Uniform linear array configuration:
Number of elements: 32
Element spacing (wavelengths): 0.75
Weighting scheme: blackman
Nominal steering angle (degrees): -15
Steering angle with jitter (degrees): -14.207
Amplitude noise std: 0.05
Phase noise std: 0.05

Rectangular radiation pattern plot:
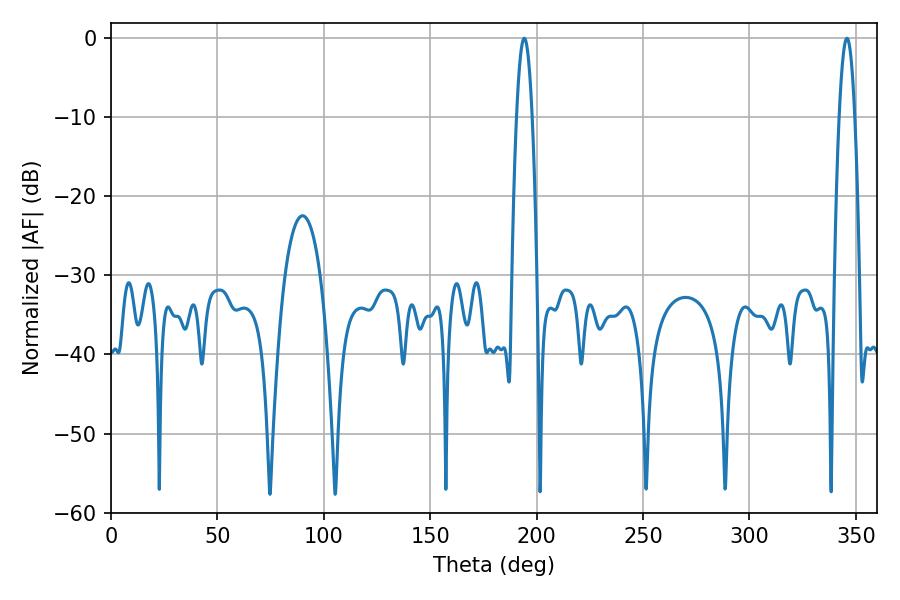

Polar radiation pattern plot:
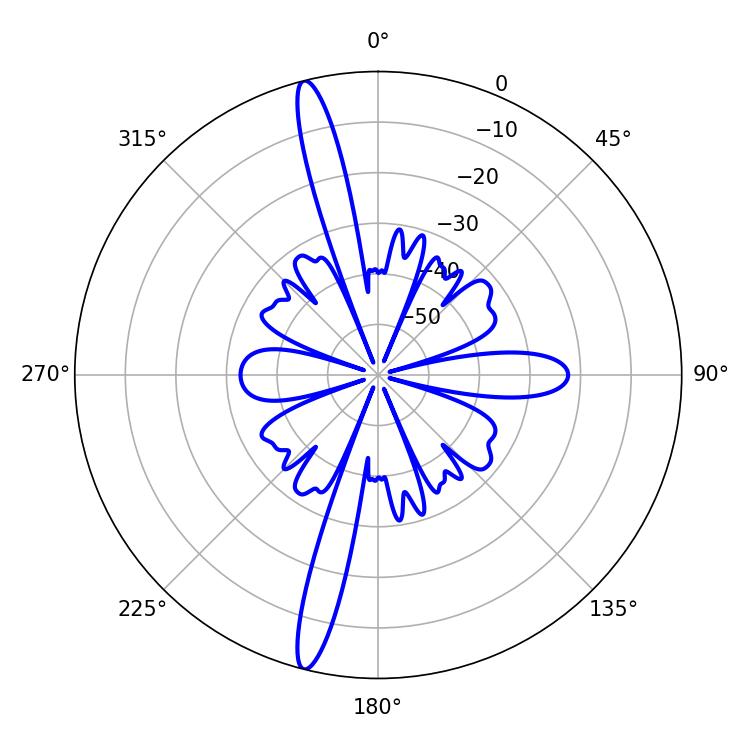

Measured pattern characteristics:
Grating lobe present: TRUE
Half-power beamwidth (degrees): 3.96
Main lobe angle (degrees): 194.22